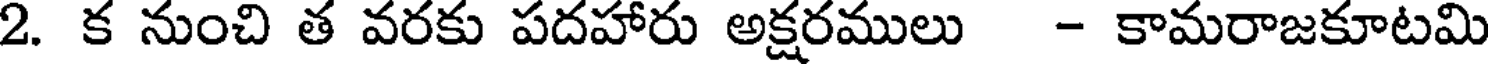
2. క నుంచి త వరకు పదహారు అక్షరములు - కామరాజకూటమి